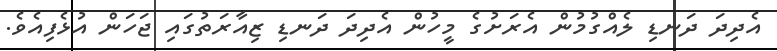
އެދިދަ ދަނޑި ލެއްގުމުން އެރަށުގެ މީހުން އެދިދަ ދަނޑި ޒިއާރަތުގައި ޖަހަން އުޅެފިއެވެ.